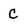
Character: C